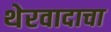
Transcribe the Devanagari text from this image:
थेरवादाचा